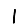
Digit: 1